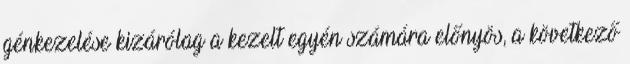
génkezelése kizárólag a kezelt egyén számára előnyös, a következő